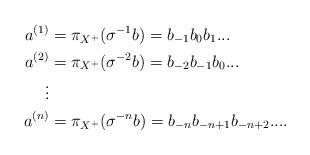
LaTeX: \begin{align*} a^{(1)} &= \pi_{X^+}(\sigma^{-1}b) = b_{-1}b_0b_1... \\ a^{(2)} &= \pi_{X^+}(\sigma^{-2}b) = b_{-2}b_{-1}b_0... \\ \vdots \\ a^{(n)} &= \pi_{X^+}(\sigma^{-n}b) = b_{-n}b_{-n+1}b_{-n+2}... .\end{align*}